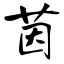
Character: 茵